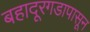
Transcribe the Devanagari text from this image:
बहादूरगडापासून